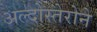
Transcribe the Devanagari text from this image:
अल्दोस्तेरोने